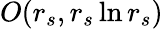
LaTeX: O(r_{s},r_{s}\ln r_{s})